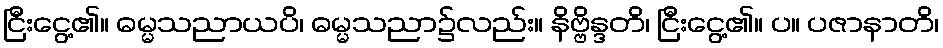
ငြီးငွေ့၏။ ဓမ္မသညာယပိ၊ ဓမ္မသညာ၌လည်း။ နိဗ္ဗိန္ဒတိ၊ ငြီးငွေ့၏။ ပ။ ပဇာနာတိ၊